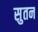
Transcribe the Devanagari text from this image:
सुतन